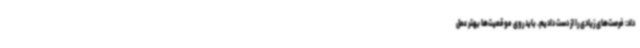
داد: فرصت‌های زیادی را از دست دادیم. باید روی موقعیت‌ها بهتر عمل